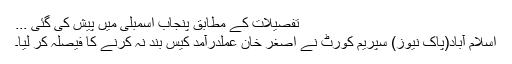
تفصیلات کے مطابق پنجاب اسمبلی میں پیش کی گئی ...
اسلام آباد(پاک نیوز) سپریم کورٹ نے اصغر خان عملدرآمد کیس بند نہ کرنے کا فیصلہ کر لیا۔